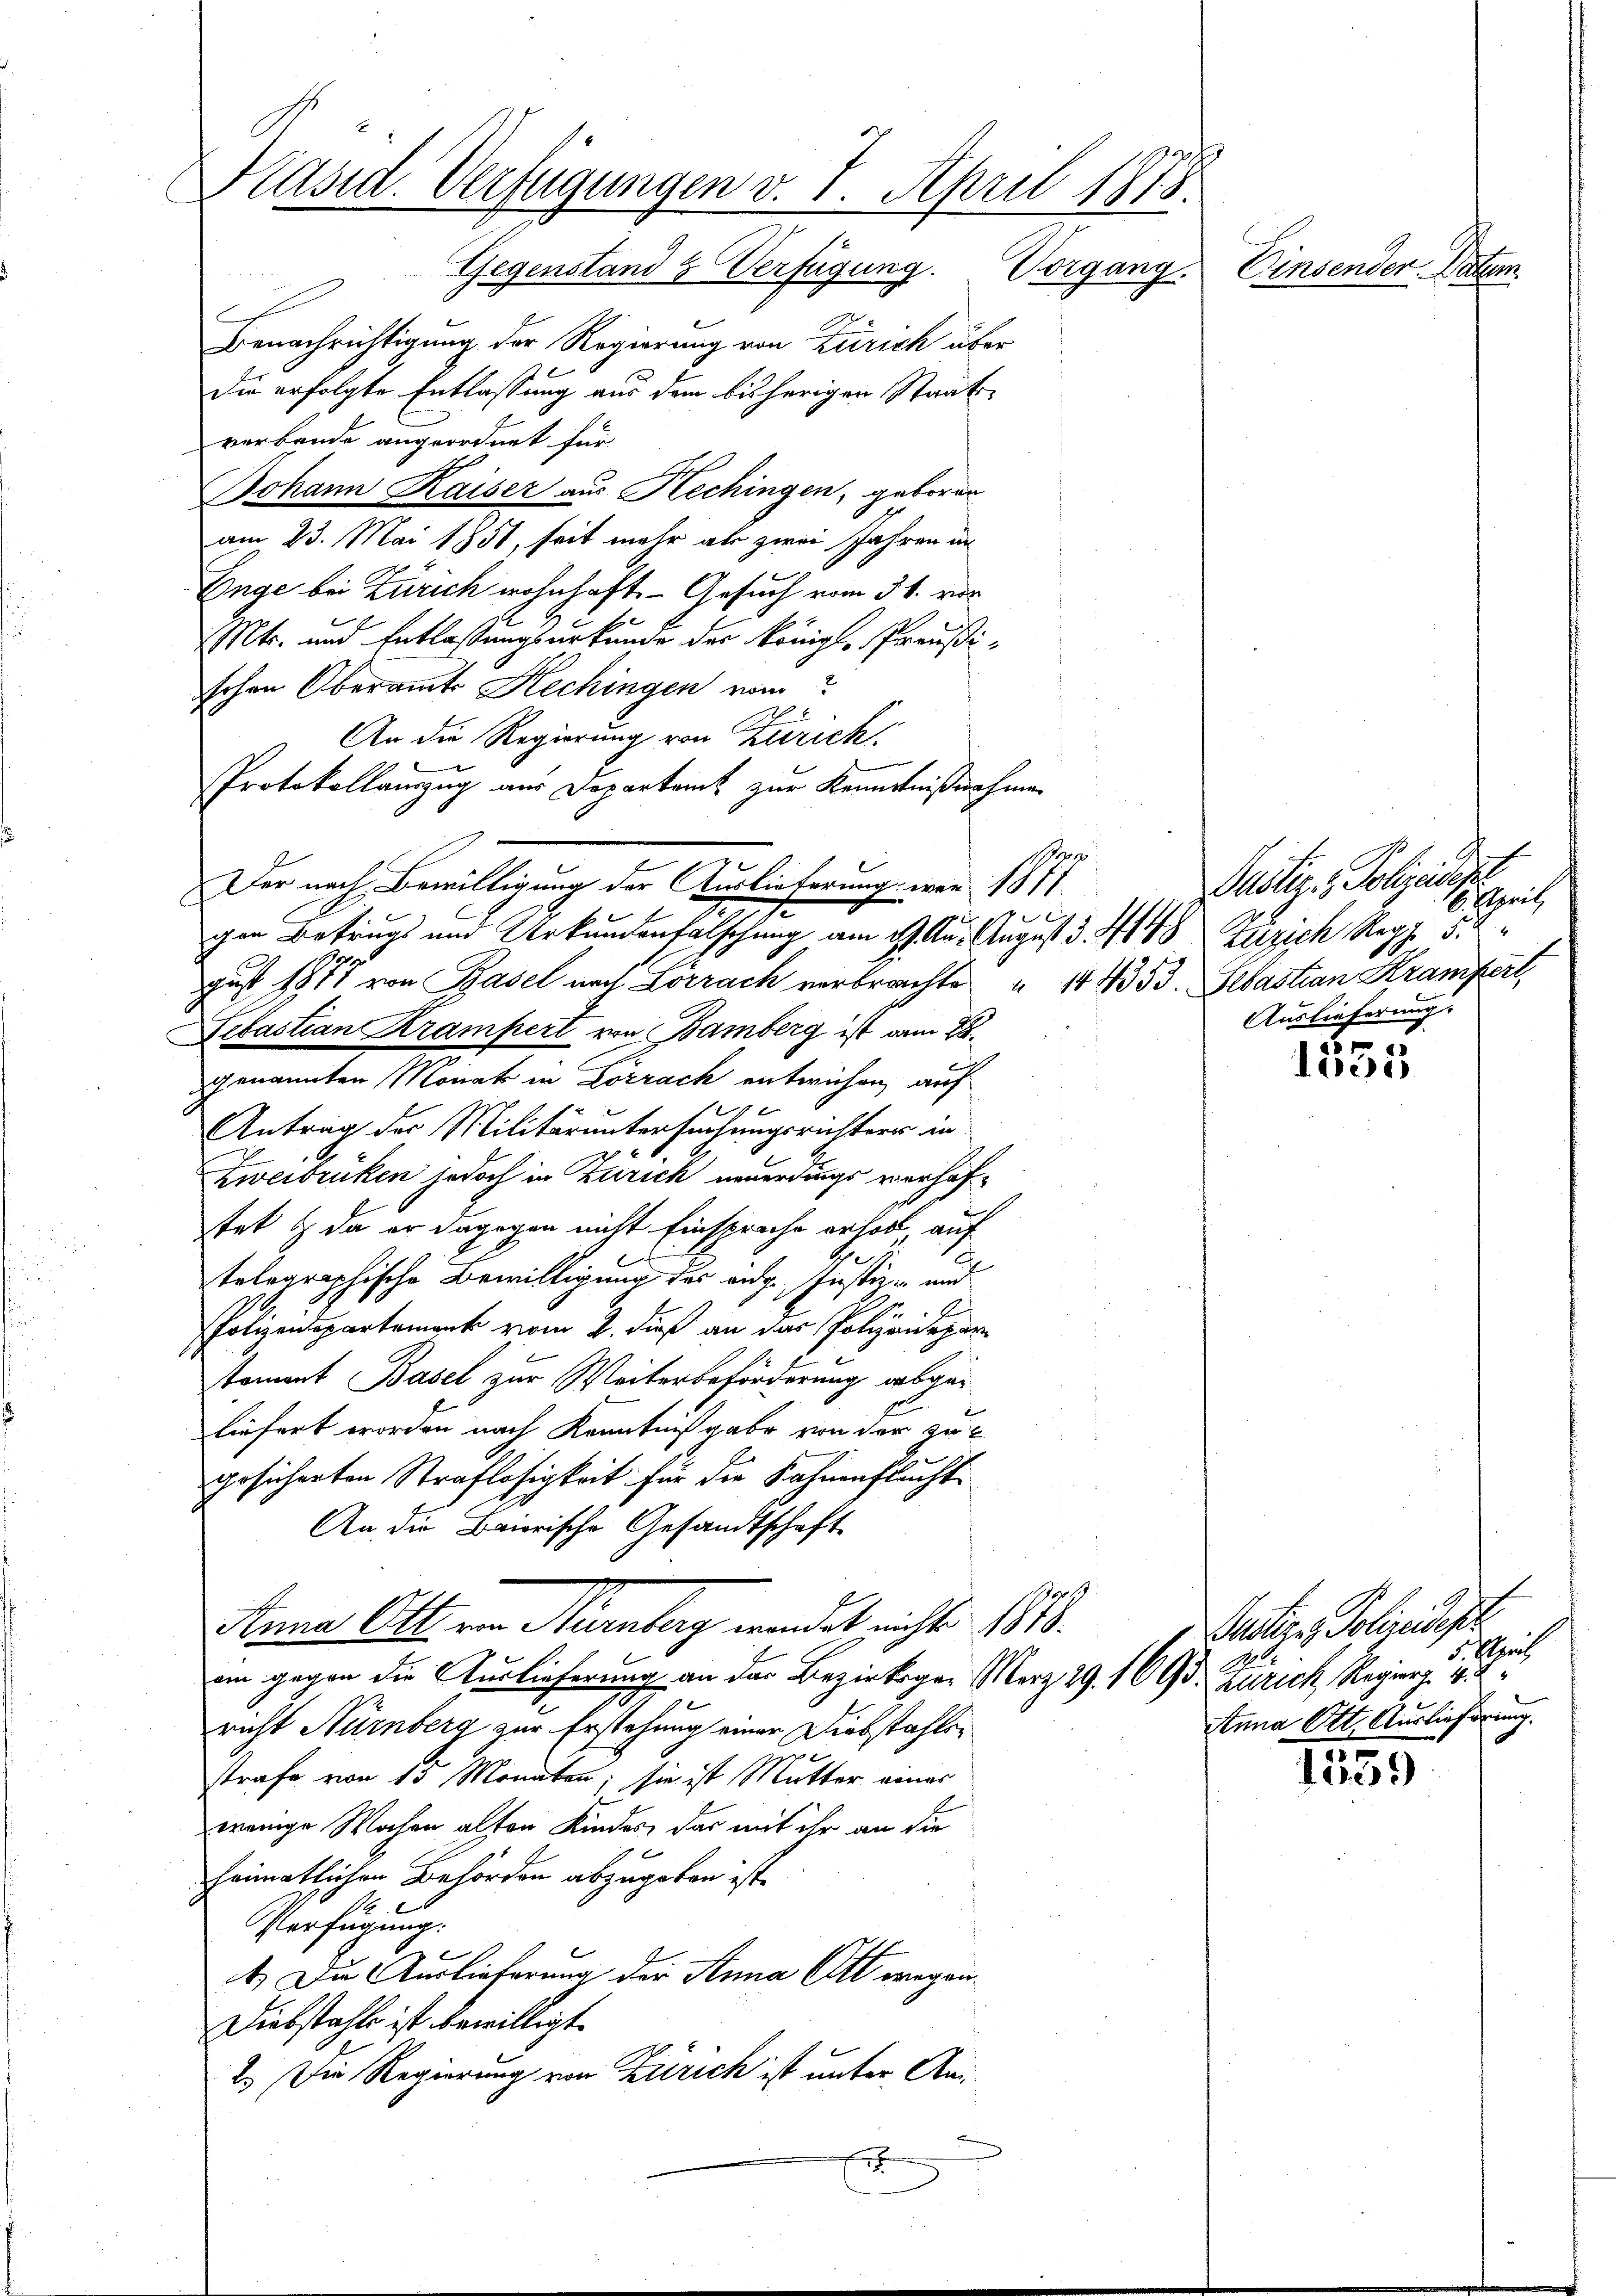
räsid. Verfügungen v. 4. April 1878.
Gegenstand & Verfügung. Vorgang.
Einsender. Datum.

Benachrichtigung der Regierung von Zürich über
Die erfolgte Entlassung aus dem bisherigen Staatsverbande angeordnet für
Johann Kaiser aus Hechingen, geboren
am 23. Mai 1851, seit mehr als zwei Jahren an
Enge bei Zürich wohnhaft. - Gesuch vom 31. vor
Mts. und Entlassungsurkunde der Königl. Preußischen Oberamts Kechingen ein
An die Regierung von Zürich:
Protokollauszug aus Departamt zur Kenntnißnahme
gust 1877 von Basel nach Lörrach verbrachte " 144353. Sebastian Krampert,
Lebastian Krampert von Bamberg ist am 28.
genannten Monat in Lörrach entwichen, auf
Antrag der Militäruntersuchungsrichter in
Zweibrüken jedoch in Zürich neuerdings verhaftet & da er dagegen nicht Einsprache erholt auf
b
tolographische Bewilligung des aug. Justiz- und
B
2
Polizeidepartement vom 2. dieß an der Polizenspar
stament Basel zur Weiterbeförderung abgeliefert worden nach Kenntnißgabe von der zu
gesicherten Straflosigkeit für die Fahnenfluchte
An die Baierische Gesandtschaft
Anna Ott von Nürnberg werdet nichts 1818.
am gegen die Auslieferung an der Bezirksger Merz 29. 169 d. Zürich, Regierz 1
richt Nürnberg zur Erstehung einer Diebstahlestrafe von 15 Monaten; sie ist Mutter eines
wenige Wochen alten Kindes, das mit ihr an die
heimatlichen Behörden abzugeben ist.
S
Verfügung.
2
4.) Die Auslieferung der Anna Ott wegen.
Diebstahle ist bewilligt.
2.) Die Regierung von Zürich ist unter Anf

In
Der nach Bewilligung der Auslieferung war 1811.
gen Betrugs und Urkundenfalschung am 27. Aus August d. 414) Zusich Reg. 51

Pustiz - Polizeis
ifsprich
Auslieferung.

Judice, Polizeidist
Mich
tnna Ott. Auslieferung.

3
1335

1559